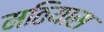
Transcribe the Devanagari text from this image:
मठियास